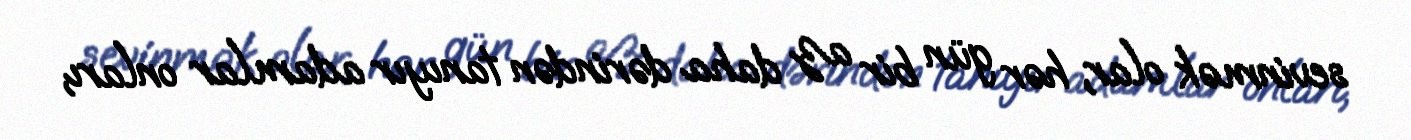
sevinmək olar, hər gün bir az daha dərindən tanıyır adamlar onları,